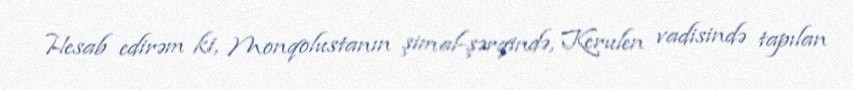
Hesab edirəm ki, Monqolustanın şimal-şərqində, Kerulen vadisində tapılan